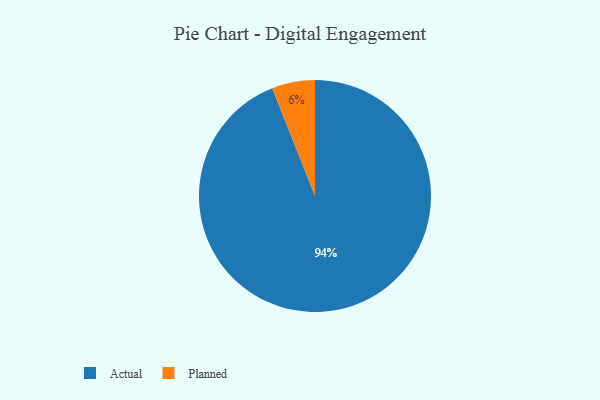
{"axis": {"x": "Category", "y": "Percentage"}, "legend": ["Actual", "Planned"], "data": [{"x": "Planned", "y": 6, "type": "Planned"}, {"x": "Actual", "y": 94, "type": "Actual"}]}